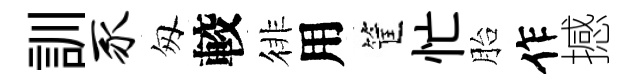
訓豕匆較徘用筐忙胎作撼